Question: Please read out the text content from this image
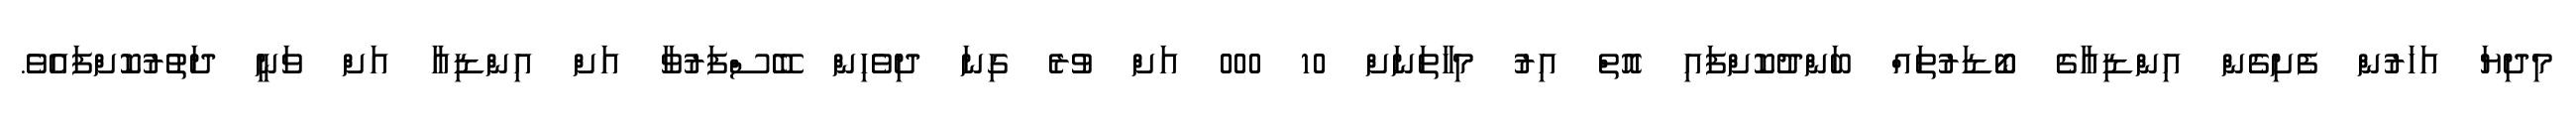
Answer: މިދިޔަ އަހަރުން ފެށިގެން އިންޑިއާގެ ބޯޑަރުތައް ބަންދުކޮށްފައި އޮތް އިރު މިހާތަނަށް 10 000 އަށް ވުރެ ގިނަ ދިވެހިން ބޭސްފަރުވާ އަށް އިންޑިއާ އަށް ވަނީ ދަތުރުކޮށްފައެވެ.